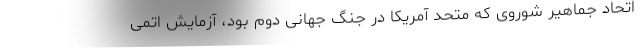
اتحاد جماهیر شوروی که متحد آمریکا در جنگ جهانی دوم بود، آزمایش اتمی